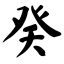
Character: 癸